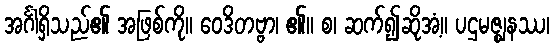
အင်္ဂါရှိသည်၏ အဖြစ်ကို။ ဝေဒိတဗ္ဗာ၊ ၏။ စ၊ ဆက်၍ဆိုအံ့။ ပဌမဇ္ဈနဿ၊